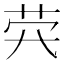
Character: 𦭂